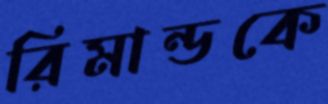
রিমান্ডকে